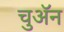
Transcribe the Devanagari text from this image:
चुअॅन